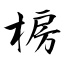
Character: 椖